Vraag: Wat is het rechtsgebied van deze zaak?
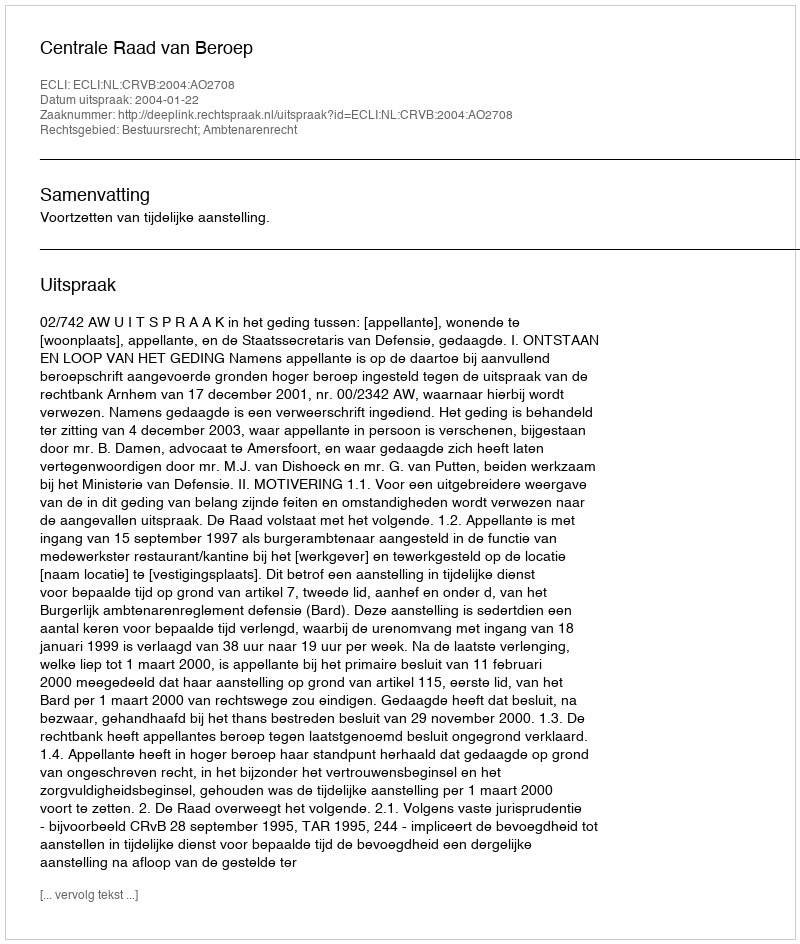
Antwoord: Bestuursrecht; Ambtenarenrecht